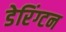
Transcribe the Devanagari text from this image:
डेरिंग्टन